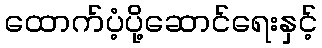
ထောက်ပံ့ပို့ဆောင်ရေးနှင့်